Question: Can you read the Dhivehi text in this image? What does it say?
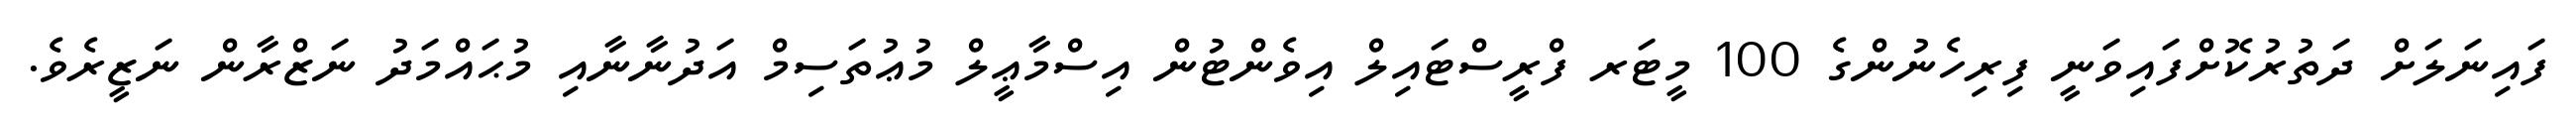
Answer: ފައިނަލަށް ދަތުރުކޮށްފައިވަނީ ފިރިހެނުންގެ 100 މީޓަރ ފްރީސްޓައިލް އިވެންޓުން އިސްމާޢީލް މުޢުތަސިމް އަދުނާނާއި މުޙައްމަދު ނަޒްރާން ނަޒީރެވެ.